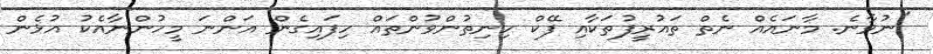
"ނުވާނެ. މާނައެއް ނެތް ތައުރީފުތަކާއި ފޭކް ހިނިތުންވުންތައް ހިފައިގެން އަންނަ މީހުންނާއެކު އުޅެން